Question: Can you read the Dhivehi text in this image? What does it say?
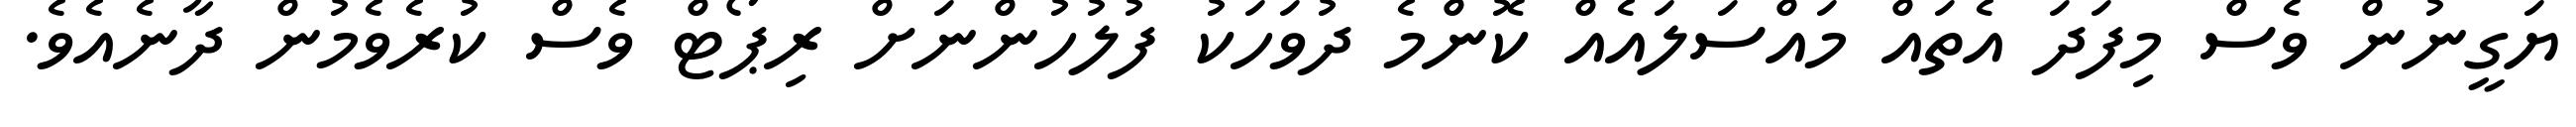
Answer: ޔަގީނުން ވެސް މިފަދަ އެތައް މައްސަލައެއް ކޮންމެ ދުވަހަކު ފުލުހުންނަށް ރިޕޯޓް ވެސް ކުރެވެމުން ދާނެއެވެ.